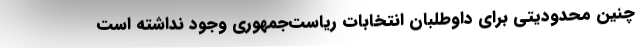
چنین محدودیتی برای داوطلبان انتخابات ریاست‌جمهوری وجود نداشته است